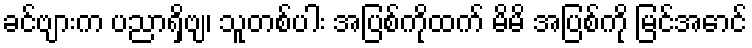
ခင်ဗျားက ပညာရှိဗျ၊ သူတစ်ပါး အပြစ်ကိုထက် မိမိ အပြစ်ကို မြင်အောင်